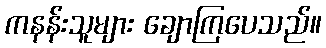
ကနန်းသူများ ချောကြပေသည်။